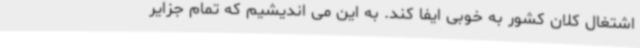
اشتغال کلان کشور به خوبی ایفا کند. به این می اندیشیم که تمام جزایر